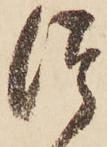
つ